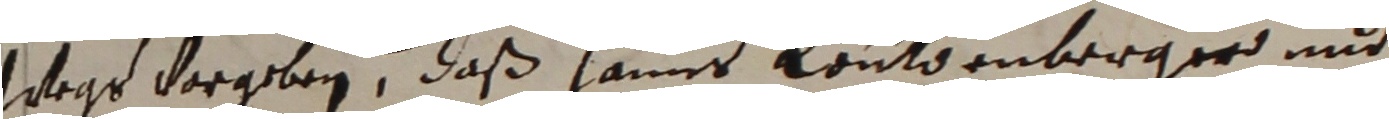
wege vorgeben, daß Hanns Loütdenberger und